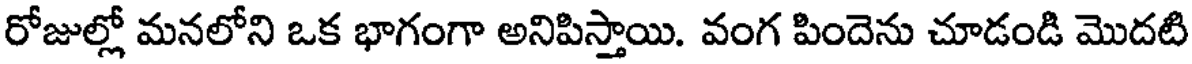
రోజుల్లో మనలోని ఒక భాగంగా అనిపిస్తాయి. వంగ పిందెను చూడండి మొదటి